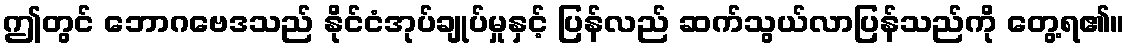
ဤတွင် ဘောဂဗေဒသည် နိုင်ငံအုပ်ချုပ်မှုနှင့် ပြန်လည် ဆက်သွယ်လာပြန်သည်ကို တွေ့ရ၏။